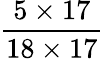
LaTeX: \frac{5\times 17}{18\times 17}